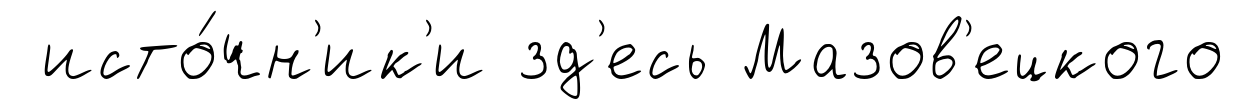
исто́чн'ик'и зд'есь Мазов'ецкого